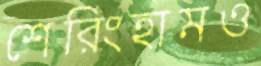
শেরিংহামও